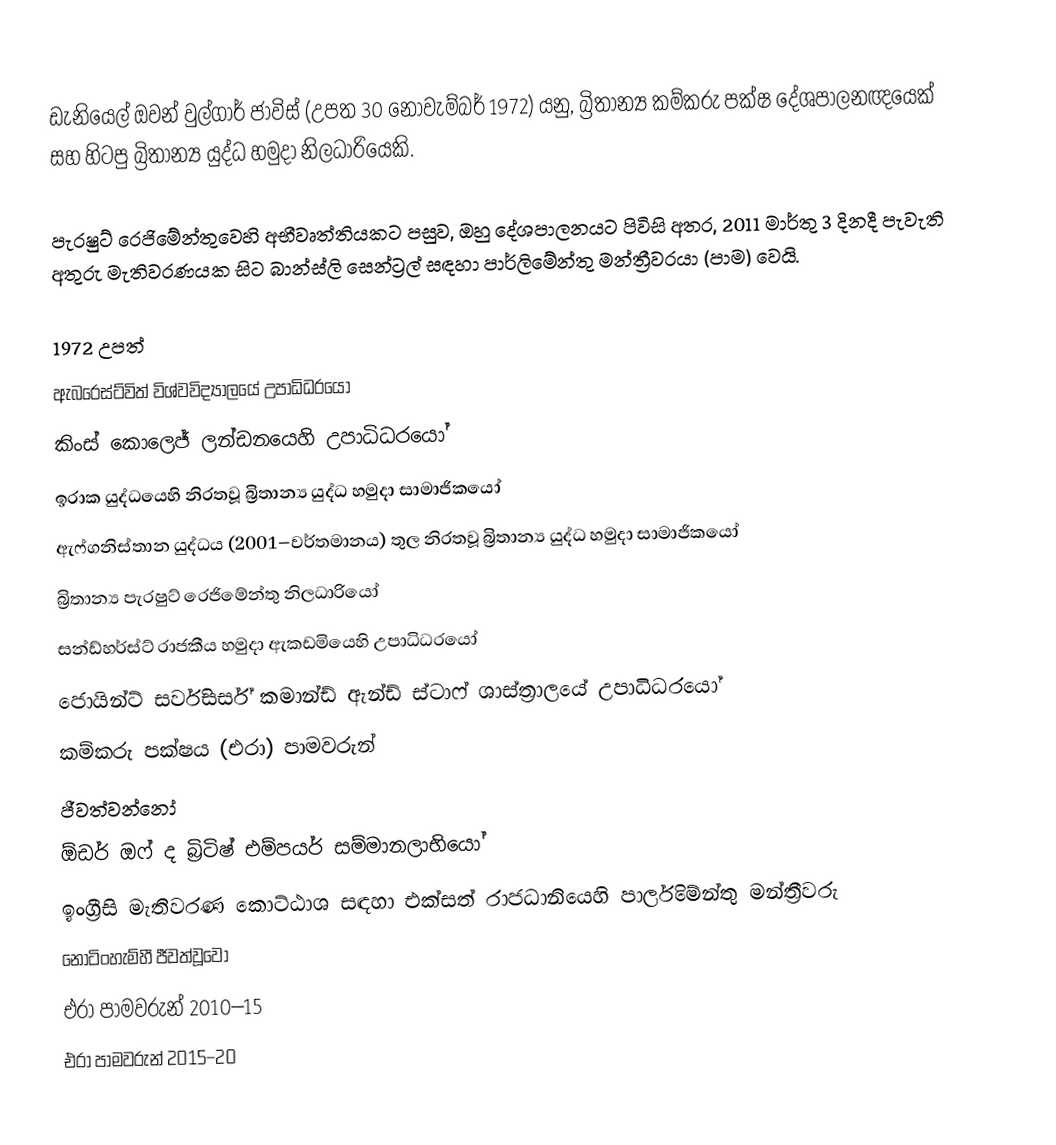
ඩැනියෙල් ඔවන් වුල්ගාර් ජාවිස්  (උපත 30 නොවැම්බර් 1972) යනු, බ්‍රිතාන්‍ය කම්කරු පක්ෂ දේශපාලනඥයෙක් සහ හිටපු බ්‍රිතාන්‍ය යුද්ධ හමුදා නිලධාරියෙකි.

පැරෂුට් රෙජිමේන්තුවෙහි අභීවෘත්තියකට පසුව, ඔහු දේශපාලනයට පිවිසි අතර, 2011 මාර්තු 3 දිනදී පැවැති  අතුරු මැතිවරණයක සිට  බාන්ස්ලි සෙන්ට්‍රල් සඳහා   පාර්ලිමේන්තු මන්ත්‍රීවරයා (පාම) වෙයි.

1972 උපත්
 ඇබරෙස්ට්විත් විශ්වවිද්‍යාලයේ උපාධිධරයෝ
 කිංස් කොලෙජ් ලන්ඩනයෙහි උපාධිධරයෝ
ඉරාක යුද්ධයෙහි නිරතවූ බ්‍රිතාන්‍ය යුද්ධ හමුදා සාමාජිකයෝ
 ඇෆ්ගනිස්තාන යුද්ධය (2001–වර්තමානය) තුල නිරතවූ බ්‍රිතාන්‍ය යුද්ධ හමුදා සාමාජිකයෝ
බ්‍රිතාන්‍ය පැරෂුට් රෙජිමේන්තු නිලධාරියෝ
 සන්ඩ්හර්ස්ට් රාජකීය හමුදා ඇකඩමියෙහි උපාධිධරයෝ
ජොයින්ට් සර්විසර්ස් කමාන්ඩ් ඇන්ඩ් ස්ටාෆ් ශාස්ත්‍රාලයේ උපාධිධරයෝ
කම්කරු පක්ෂය (එරා) පාමවරුන්
ජීවත්වන්නෝ
 ඕඩර් ඔෆ් ද බ්‍රිටිෂ් එම්පයර් සම්මානලාභියෝ
 ඉංග්‍රීසි මැතිවරණ කොට්ඨාශ සඳහා එක්සත් රාජධානියෙහි පාර්ලිමේන්තු මන්ත්‍රීවරු
නොටිංහැම්හී ජීවත්වූවෝ
එරා පාමවරුන් 2010–15
එරා පාමවරුන් 2015–20